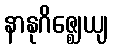
နာနုဂိဇ္ဈေယျ